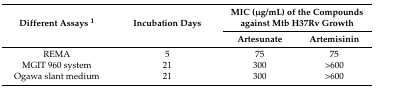
| <ROWSPAN=2> Different Assays 1 | <ROWSPAN=2> Incubation Days | <COLSPAN=2> MIC (μg/mL) of the Compounds against Mtb H37Rv Growth |
 | Artesunate | Artemisinin |
 | --- | --- | --- | --- |
 | REMA | 5 | 75 | 75 |
 | MGIT 960 system | 21 | 300 | >600 |
 | Ogawa slant medium | 21 | 300 | >600 |